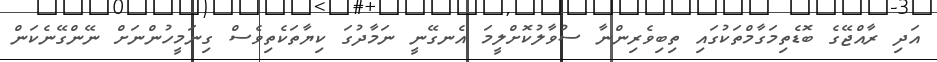
އަދި ރާއްޖޭގެ ބޮޑެތިމަގާމްތަކުގައި ތިބިވެރިންނާ ސުވާލުކޮށްލީމަ އެނގޭނީ ނަމާދުގަ ކިޔާތަކެތިވެސް ގިނަމީހުންނަށް ނޭންގޭނެކަން